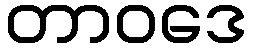
တာဝဒေ